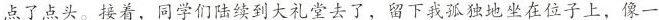
点了点头。接着，同学们陆续到大礼堂去了，留下我孤独地坐在位子上，像一